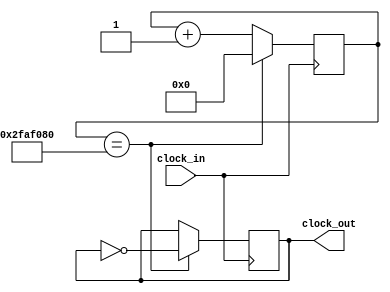
`timescale 1ns / 1ps


module Frequency_Divider(clock_in,clock_out);  // Clock Divider module

input clock_in;                                // Clock input of 100MHz frequecy
output reg clock_out;                          // Clock output of low frequency (1 Hz)
reg [26:0]count;

initial 
begin
    clock_out=0;                               // Initializing clock = 0
end

always@(posedge clock_in)                      
begin
    count<=count+1;
    if(count==27'd50000000)
    begin
        clock_out=!clock_out;
        count<=0;
    end
end
       
endmodule

 


module top_Seq_Det_Mealy_0011(Clock, w, Resetn, z);     // Mealy state machine for detecting sequence 0011
 
input Clock, w, Resetn ;                          // w is the input sequence & Resetn stands for active low reset
output reg z ;                                    // z is the output
reg [1:0]y, Y;                                    // Y is the next state variable, y is the present state variable
parameter [1:0] A = 0, B = 1, C=2, D=3;           // Different States of Mealy state machine

Frequency_Divider clknew(Clock,clk1);             // Clock divider Module

always @(posedge clk1)
begin
    case (y)
        A: if (w==1)
                begin
                    Y = A; z = 0;
                end
            else
                begin
                    Y = B; z = 0;
                end

        B: if (w==1)
                begin
                    Y = A; z = 0;
                end
            else
                begin
                    Y = C; z = 0;
                end

        C: if (w==1)
                begin
                    Y = D; z = 0;
                end
            else
                begin
                    Y = A; z = 0;
                end

        D: if (w==1)
                begin
                    Y = A; z = 1;
                end
            else
                begin
                    Y = B; z = 0;
                end
    endcase
end

always @(posedge clk1 or negedge Resetn)
begin
    if (Resetn == 0)begin
        y <= A;
        z=0;
end

    else
        y <= Y;
    
end

endmodule